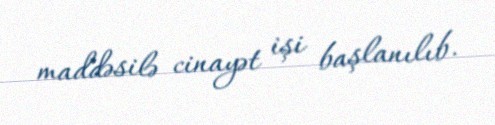
maddəsilə cinayət işi başlanılıb.